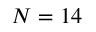
N = 1 4